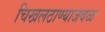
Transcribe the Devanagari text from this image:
चिखलठाण्याजवळ